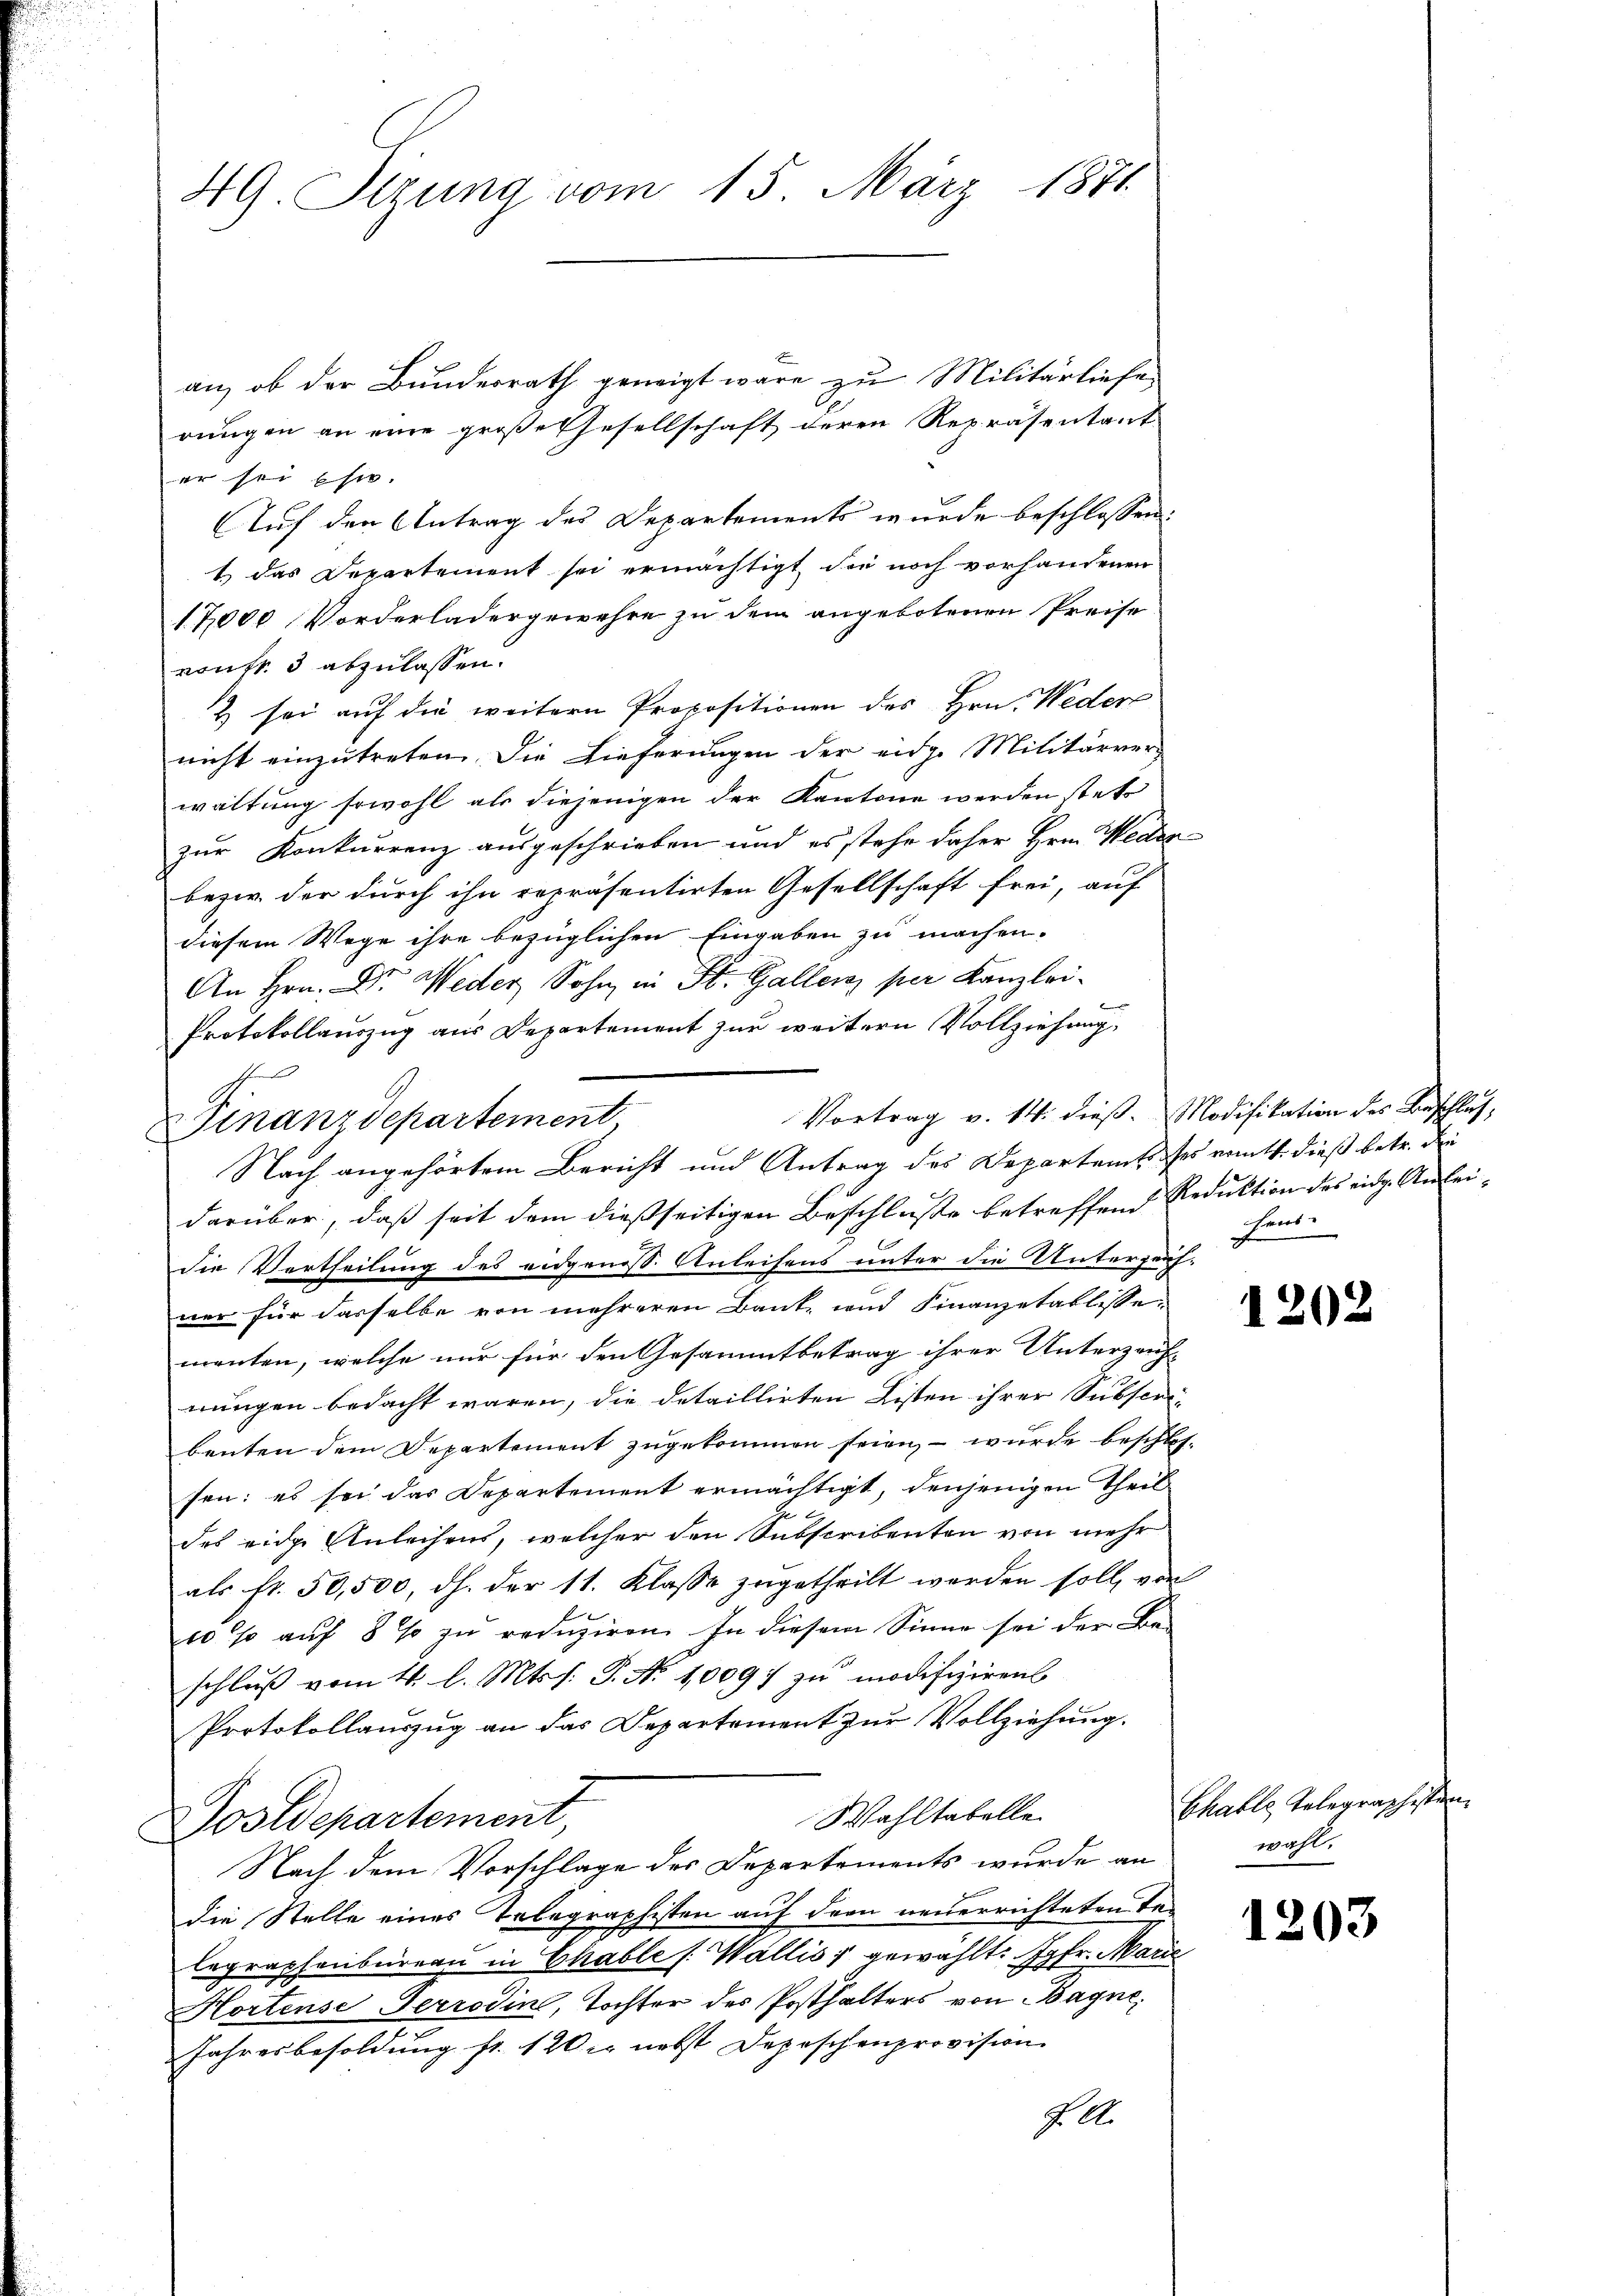
49. Sitzung vom 15. März 1871.

an, ob der Bundesrath geneigt wäre zu Militärliefe
rungen an eine große Gesellschaft deren Repräsentant
er sei ehre.
Auf den Antrag des Departements wurde beschlossen:
1 das Departement sei ermächtigt die noch vorhandenen
17,000 Vorderladergewehre zu dem angebotenen Preise
vontr. 3 abzulassen.
& sei auf die weitern Propositionen des Hrn. Weder
nicht einzutreten. Die Lieferungen der eidge Militärver
waltung sowohl als diejenigen der Kantone werden stets
zur Konkurrenz ausgeschrieben und es stehe daher Hrn. Weder
bezw. der durch ihn repräsentirten Gesellschaft frei, auf
diesem Wege ihre bezüglichen Eingaben zu machen.
An Hrn. Dr. Weder Sohn in St. Gallenz per Kanzlei-
Eint
Protokollauszug aus Departement zur weitern Vollziehung,
Vortrag v. 14. dieß. Modifikation des Beschluß,
darüber, daß seit dem dießseitigen Beschlusse betreffend Reduktion des eidg. Anlei-
Die Vertheilung des eidgenoss. Anleihens unter die Unterzeich-
ner für dasselbe von mehreren Bank- und Finanzetablisse-
menten, welche nur für den Gesammtbetrag ihrer Unterzeich-
nungen bedacht waren, die detaillirten Listen ihrer Subscri-
beuten dem Departement zugekommen seien, – wurde beschlossen: es sei das Departement ermächtigt, denjenigen Theil
des eidge Anleihens, welcher den Subscribenten von mehr
als fr. 50,500, dh. der 11. Klasse zugetheilt werden soll, von
10 % auf 8 % zu reduziren. In diesem Sinne sei der Be-
schluß vom 4. l. Mts. s. S. Nr. 1009; zu modifiziren
Protokollauszug an das Departement zur Vollziehung.
Wahltabelle
Postdepartement,
Nach dem Vorschlage des Departements wurde an
die Stelle eines Telegraphisten auf dem neuerrichteten Telegraphenbureau in Chable s. Wallis, gewählt: Jgfr. Marie
Hortense Terrodin, Tochter des Posthalters von Bagne
Jahresbesoldung fr. 120 r nebst Depeschenprovision.
J. A.

Finanzdepartement
Nach angehörtem Bericht und Antrag des Departamt es rent dieß betr. die

Fens

1202

Chable Telegraphisten.
wahl.

1203